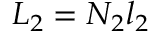
L _ { 2 } = N _ { 2 } l _ { 2 }